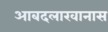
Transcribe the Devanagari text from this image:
आबदलाखानास